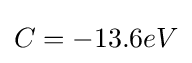
C=-13.6eV